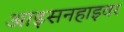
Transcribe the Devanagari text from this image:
आइसनहाइवर